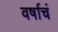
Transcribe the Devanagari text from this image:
वर्षाचं